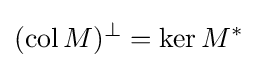
(\operatorname {col} M)^{\bot }=\ker M^{*}